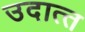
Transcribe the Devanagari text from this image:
उदात्‍त